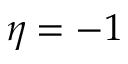
\eta = - 1